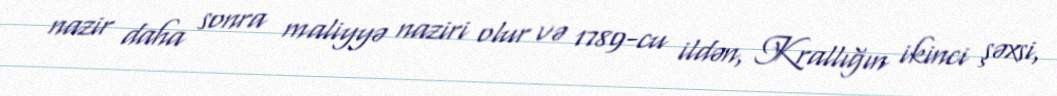
nazir daha sonra maliyyə naziri olur və 1789-cu ildən, Krallığın ikinci şəxsi,